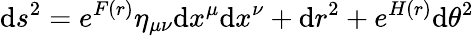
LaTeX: \mathrm{d}s^{2}=e^{F(r)}\eta_{\mu\nu}\mathrm{d}x^{\mu}\mathrm{d}x^{\nu}+\mathrm{d}r^{2}+e^{H(r)}\mathrm{d}\theta^{2}